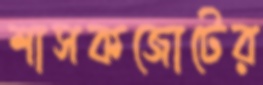
শাসকজোটের